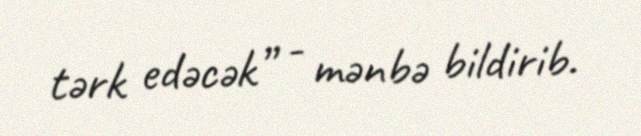
tərk edəcək” - mənbə bildirib.